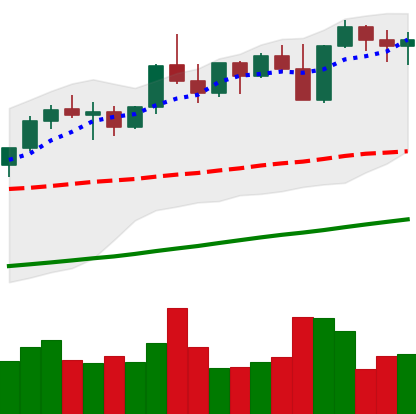
Ticker: ETH-USD
Chart end date: 2021-11-01
Forward return: 4.554%
Label: up_3_5